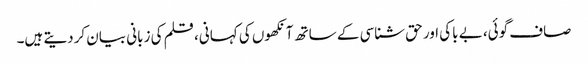
صاف گوئی، بے باکی اور حق شناسی کے ساتھ آنکھوں کی کہانی، قلم کی زبانی بیان کردیتے ہیں۔